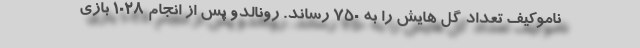
ناموکیف تعداد گل هایش را به ۷۵۰ رساند. رونالدو پس از انجام ۱۰۲۸ بازی